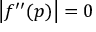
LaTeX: \left| f ^ { \prime \prime } ( p ) \right| = 0